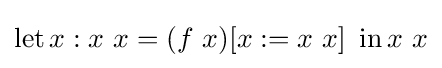
\operatorname {let} x:x\ x=(f\ x)[x:=x\ x]\ \operatorname {in} x\ x